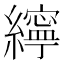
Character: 𦆭